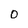
Character: O